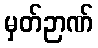
မှတ်ဉာဏ်